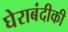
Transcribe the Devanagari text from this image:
घेराबंदीकी